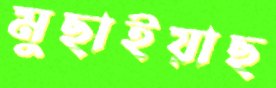
মুছাইয়াছ